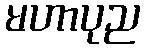
မဟာပုည